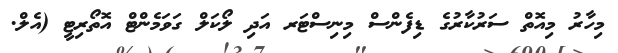
މިހާރު މިއޮތް ސަރުކާރުގެ ޑިފެންސް މިނިސްޓަރ އަދި ލޯކަލް ގަވަމެންޓް އޮތޯރިޓީ (އެލް.